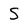
Character: S